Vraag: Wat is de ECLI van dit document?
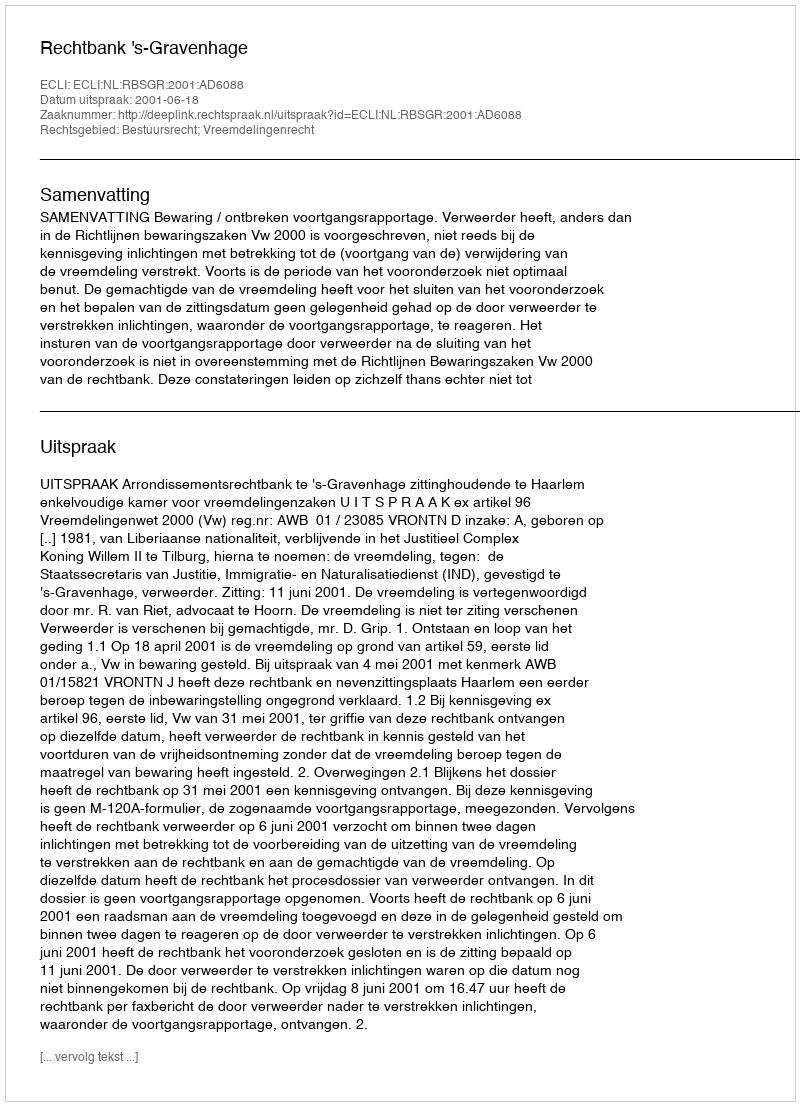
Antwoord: ECLI:NL:RBSGR:2001:AD6088